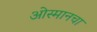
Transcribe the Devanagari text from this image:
ओस्मानचा